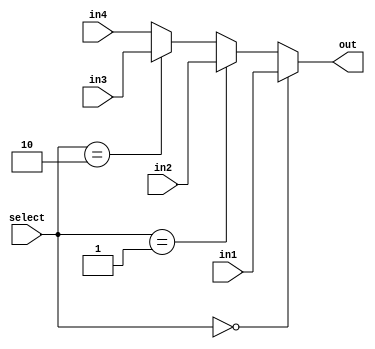
module FTOMUX (select, in1, in2, in3, in4, out);

input[1:0] select;
input [31:0] in1;
input [31:0] in2;
input [31:0] in3;
input [31:0] in4;
output [31:0] out;

always @ (*)
	begin
		if (select==2'b00)
			begin
				out = in1;
			end

		else if (select==2'b01)
			begin
				out = in2;
			end

		else if (select==2'b10)
			begin
				out = in3;
			end
		else  //(select==2'b11)
			begin
				out = in4;
			end
	end //begin
endmodule